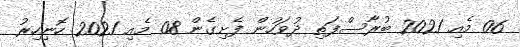
06 މެއި 2021 ބުރާސްފަތި ދުވަހުން ފެށިގެން 08 މެއި 2021 ހޮނިހިރު